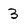
Character: 3